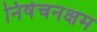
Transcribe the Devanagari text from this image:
निषेचनक्षम